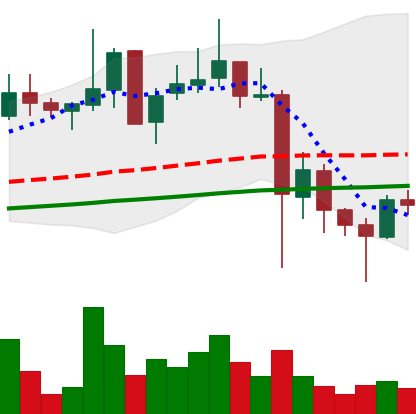
Ticker: XLM-USD
Chart end date: 2021-05-25
Forward return: -12.389%
Label: down_7plus